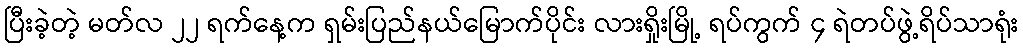
ပြီးခဲ့တဲ့ မတ်လ ၂၂ ရက်နေ့က ရှမ်းပြည်နယ်မြောက်ပိုင်း လားရှိုးမြို့ ရပ်ကွက် ၄ ရဲတပ်ဖွဲ့ရိပ်သာရုံး